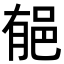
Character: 𨚺